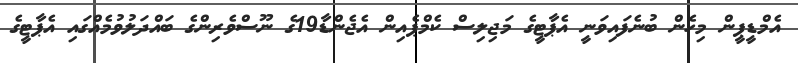
އެމްޑީޕީން މިހެން ބުނެފައިވަނީ އެޕާޓީގެ މަޖިލިސް ކެމްޕެއިން އެޖެންޑާ19ގެ ނޫސްވެރިންގެ ބައްދަލުވުމެއްގައި އެޕާޓީގެ